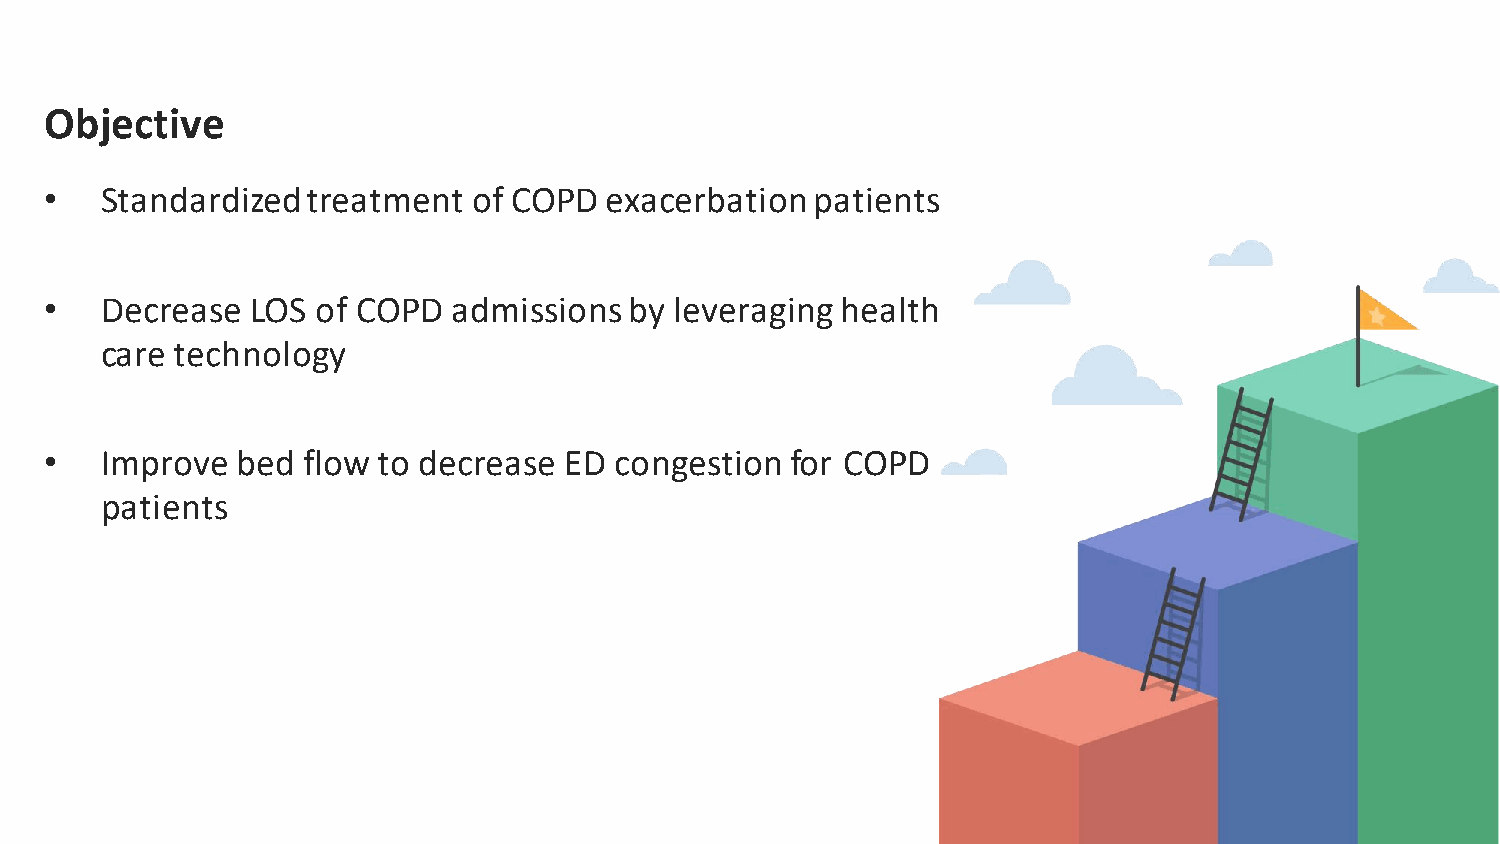
Objective
 •   Standardized treatment  of COPD  exacerbation  patients
 •   Decrease  LOS of COPD  admissions  by leveraging health
 care technology
 •   Improve  bed flow to decrease ED  congestion for COPD
 patients